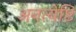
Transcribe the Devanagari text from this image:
अनत्येष्टि